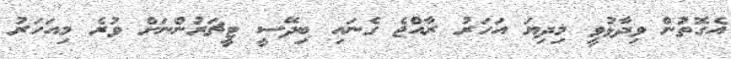
އެގޮތުން ވިދާޅުވީ މިދިޔަ އަހަރު ރާއްޖެ ގެނައި ބިދޭސީ ޓީޗަރުންނަށް ވުރެ މިއަހަރު